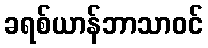
ခရစ်ယာန်ဘာသာဝင်